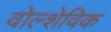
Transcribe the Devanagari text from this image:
वोल्शेविक